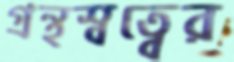
গ্রন্থস্বত্বের